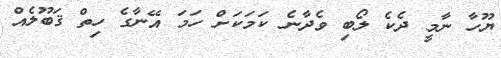
ޔޫހާ ނާމީ ދެކެ ލޯބި ވެދާނެ ކަމަކަށް ހަމަ އޭނާގެ ހިތް ޤަބޫލެއް